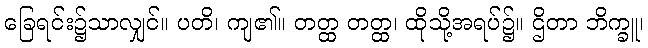
ခြေရင်း၌သာလျှင်။ ပတိ၊ ကျ၏။ တတ္ထ တတ္ထ၊ ထိုသို့အရပ်၌။ ဌိတာ ဘိက္ခူ၊